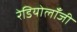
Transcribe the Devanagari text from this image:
रेडियोलॉंजी